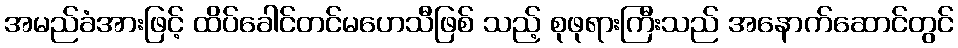
အမည်ခံအားဖြင့် ထိပ်ခေါင်တင်မဟေသီဖြစ် သည့် စုဖုရားကြီးသည် အနောက်ဆောင်တွင်